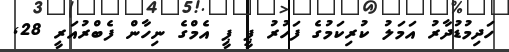
ހަދިމުޑުދާރު އަމަލު ކުރިކަމުގެ ފަހުރު ޕީ ޕީ އެމްގެ ނިހާން ފެބްރުއަރީ 28